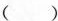
（ ）